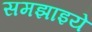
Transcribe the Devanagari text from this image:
समझाइये